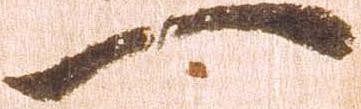
一